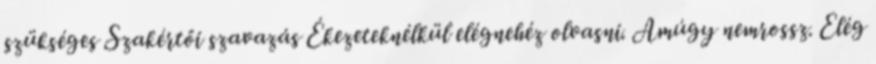
szükséges Szakértői szavazás Ékezeteknélkül elégnehéz olvasni. Amúgy nemrossz. Elég